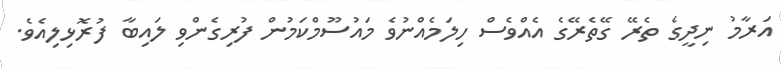
އަރާމު ނިދީގެ ތެރޭ ގޭތެރޭގެ އެއްވެސް ހިލަމެއްނުވެ މައުސޫމްކަމުން ފުރިގެންވި ލައިބާ ފުރޮޅިލިއެވެ.